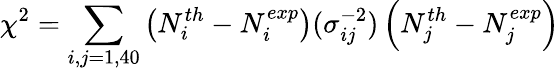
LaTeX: \chi^{2}=\sum_{i,j=1,40}\left(N_{i}^{th}-N_{i}^{exp}\right)(\sigma_{ij}^{-2})\left(N_{j}^{th}-N_{j}^{exp}\right)